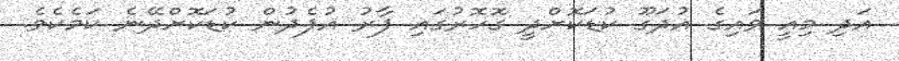
އަދި މިއީ ވައިގެ އުދަގޫ ކުޑަކޮށްދީ ގޮހޮރުގައި ފާރު އުފެދުން ކުޑަކޮށްދޭނެ ކަމެކެވެ.